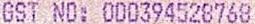
GST NO: 000394528768